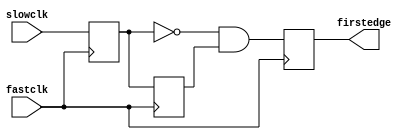
//#############################################################################
//# Function: Aligns positive edge of slow clock to fast clock                #
//#           !!!Assumes clocks are aligned and synchronous!!!                #
//#############################################################################
//# Author:   Andreas Olofsson                                                #
//# License:  MIT (see LICENSE file in OH! repository)                        # 
//#############################################################################
/*
 *    ___________             ___________
 * __/           \___________/           \   SLOWCLK
 *    __    __    __    __    __    __ 
 *  _/  \__/  \__/  \__/  \__/  \__/  \__/   FASTCLK
 *        ___________              _________   
 *    ___/ 1     1   \_0_____0____/          CLK45
 *           ____________              ___   
 *    ______/    1     1 \___0____0___/      CLK90 
 * 
 * ____                  ______               
 *     \________________/      \________     FIRSTEDGE 
 * 
 */
module oh_edgealign (/*AUTOARG*/
   // Outputs
   firstedge,
   // Inputs
   fastclk, slowclk
   );
   
   input  fastclk;
   input  slowclk;
   output firstedge;

   reg 	  clk45;
   reg 	  clk90;
   reg 	  firstedge;

   always @ (negedge fastclk) 
     clk45     <= slowclk;

   always @ (posedge fastclk) 
     begin
	clk90     <= clk45;
	firstedge <= ~clk45 & clk90;
     end
   
endmodule // oh_edgealign